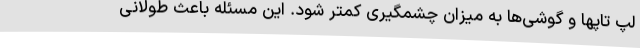
لپ تاپها و گوشی‌ها به میزان چشمگیری کمتر شود. این مسئله باعث طولانی